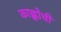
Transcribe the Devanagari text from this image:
काह्लोची